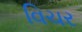
વિચર